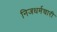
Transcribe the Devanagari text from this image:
निजधर्मचारी